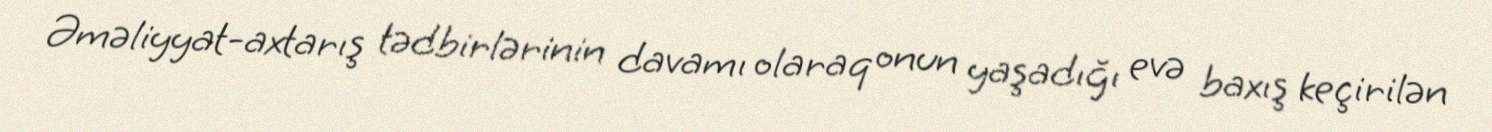
Əməliyyat-axtarış tədbirlərinin davamı olaraq onun yaşadığı evə baxış keçirilən